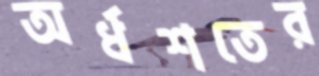
অর্ধশতের